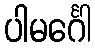
ပါမင်္ဂေါ